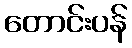
တောင်းပန်